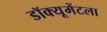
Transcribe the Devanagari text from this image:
डॉक्यूमेंटला